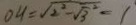
O H = \sqrt { 2 ^ { 2 } - \sqrt { 3 } ^ { 2 } } = 1